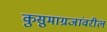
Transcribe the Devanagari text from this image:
कुसुमाग्रजांवरील